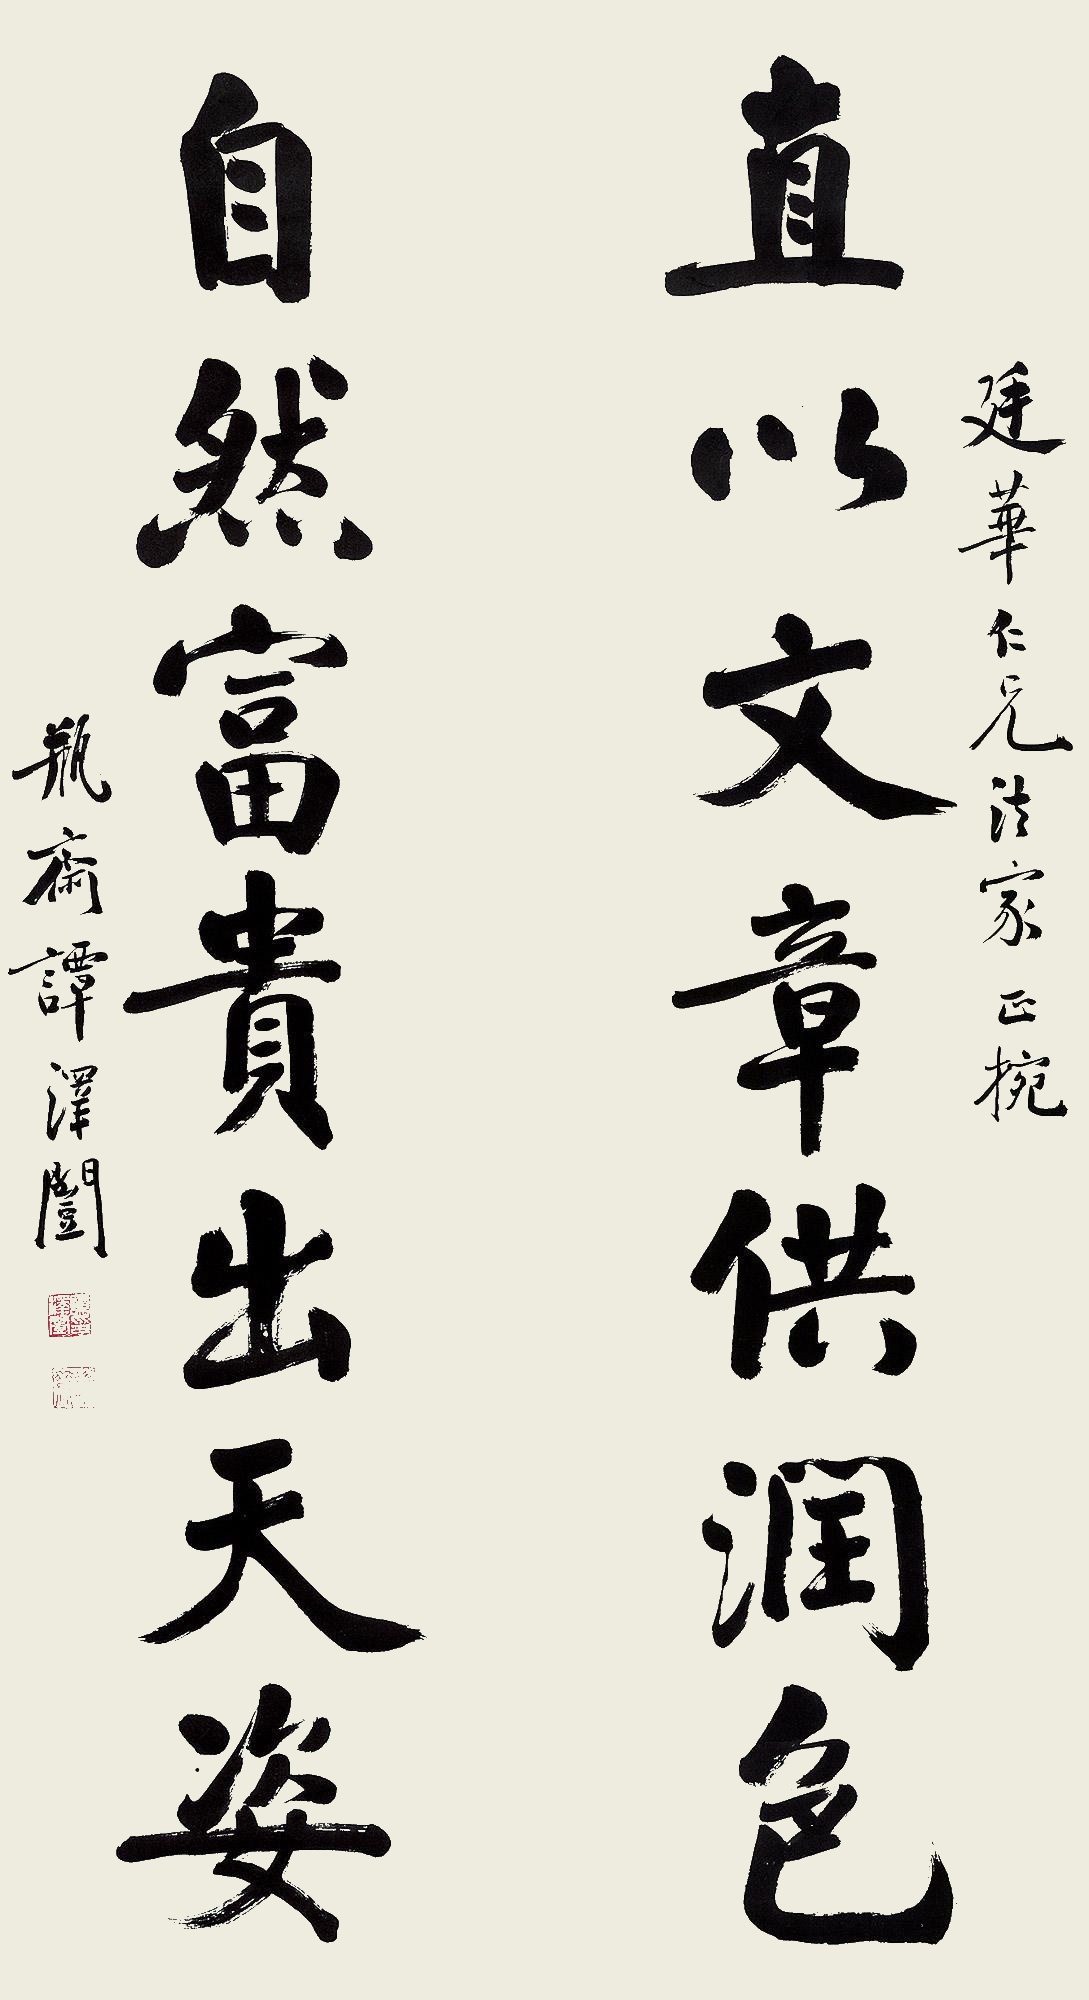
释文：直以文章供润色，自然富贵出天姿。廷华仁兄法家正捥。瓶斋谭泽闿。